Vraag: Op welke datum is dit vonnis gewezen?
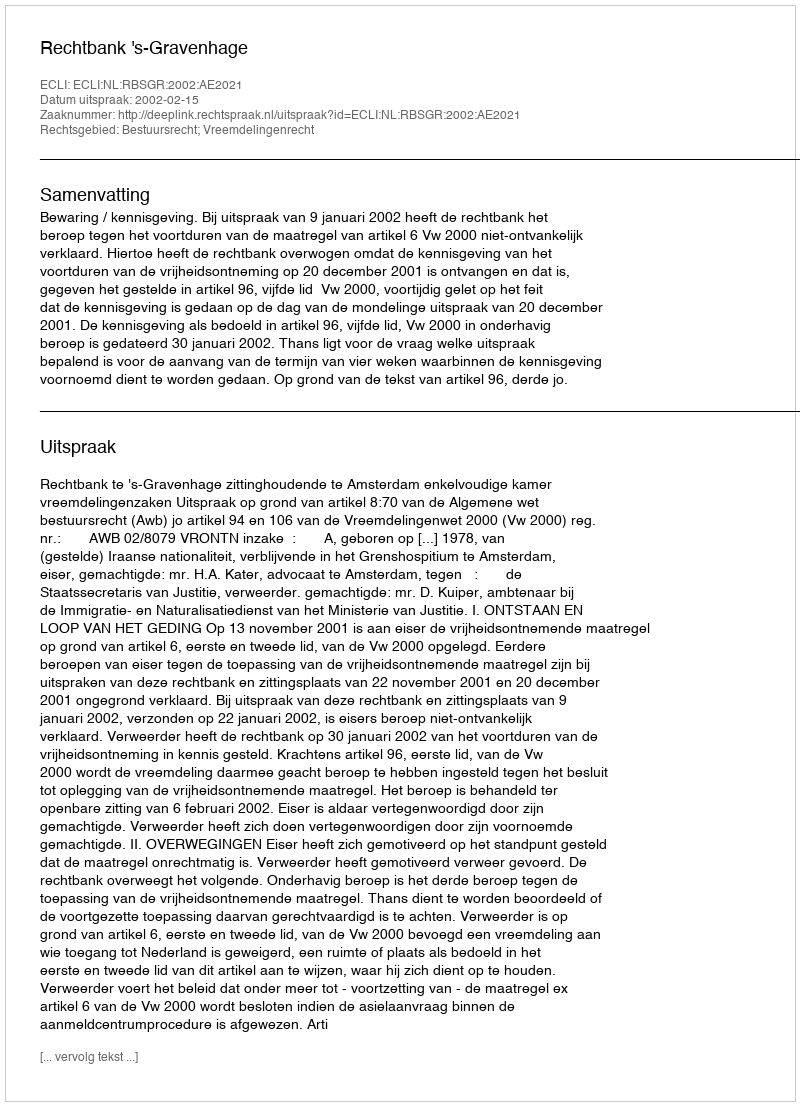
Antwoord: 2002-02-15